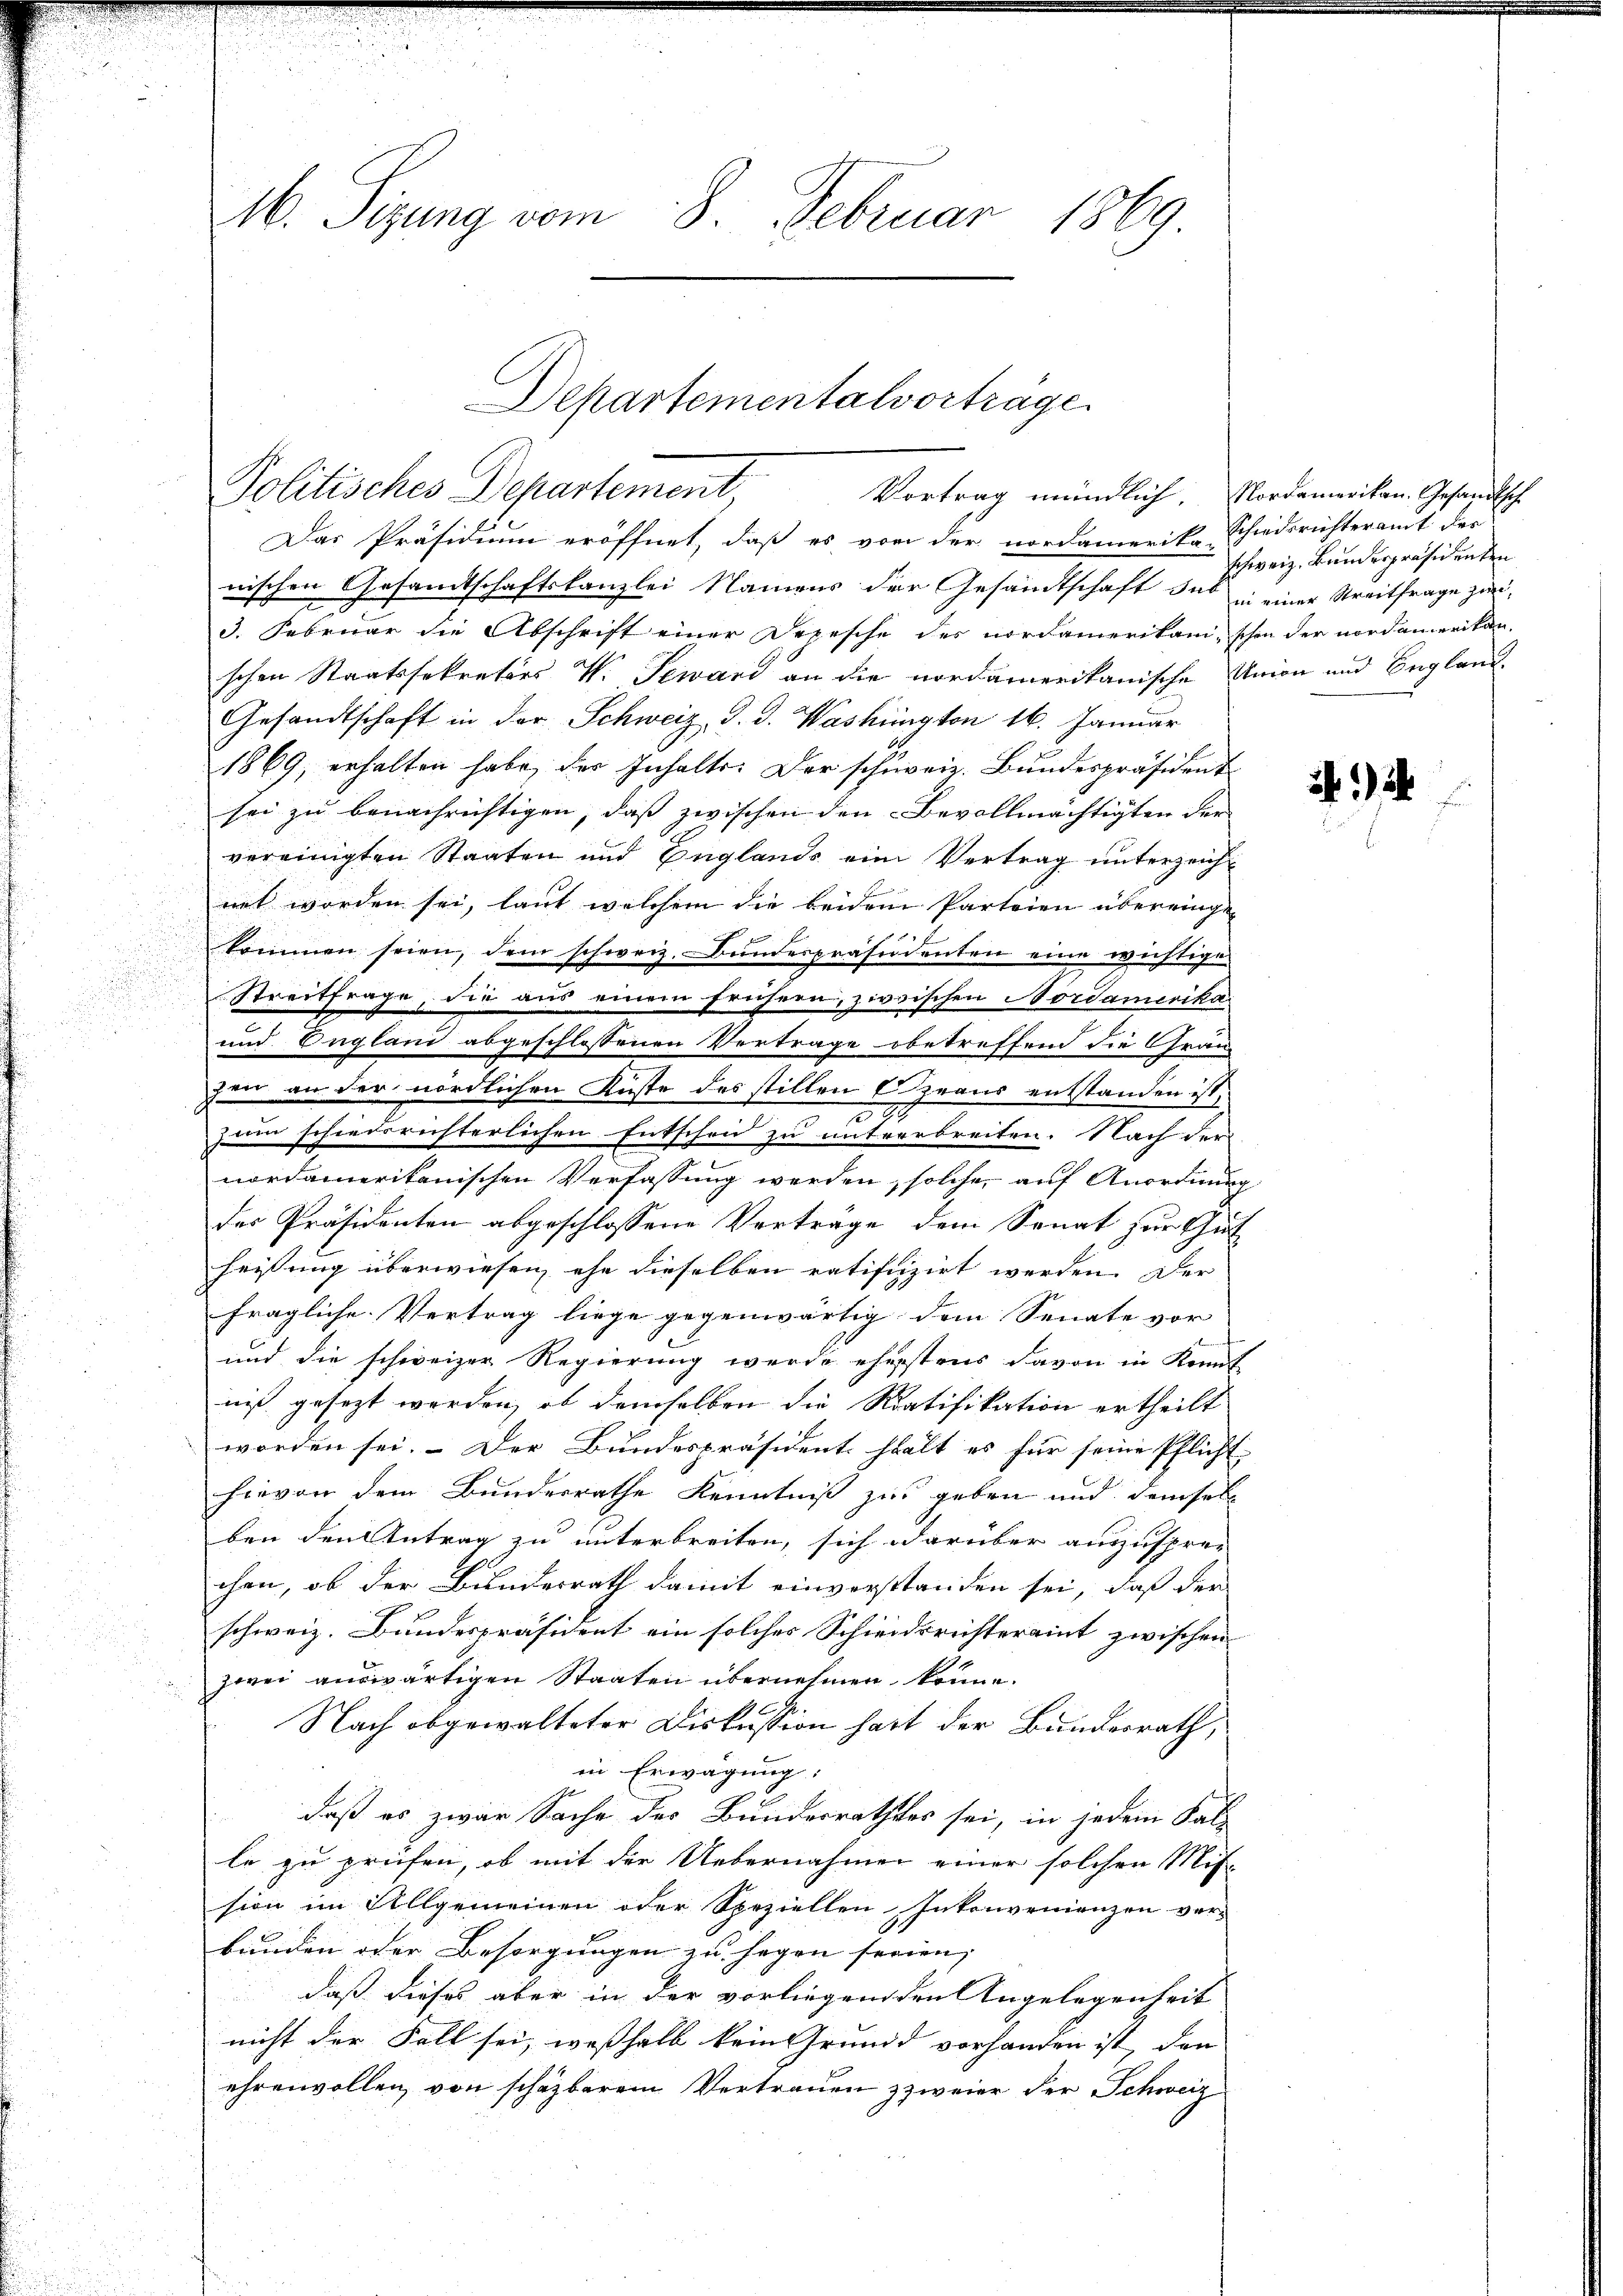
46. Sizung vom 8. Februar 1869.

Departementalvorträge
Politisches Departement,
Vortrag mündlich. Nordamerikan. Gesandtsch

Das Präsidium eröffnet, daß es von der nordamerika Schiedsrichteramt der
nischen Gesandtschaftskanzlei Namens der Gesandtschaft das in einer Streitfrage zwei¬
3. Februar die Abschrift einer Depesche des nordamerikani, schon der nordamerikan
schen Staatssekretärs V. Gewand an die nordamerikanische Union und England¬
Gesandtschaft in der Schweiz, J. J. Washington 16. Januar
1869, erhalten habe, der Inhalte. Der schweiz. Bundespräsident
sei zu benachrichtigen, daß zwischen den Bevollmächtigten der
vereinigten Staaten und Englands eine Vertrag unterzeicht
n
net worden sei, laut welchem die beidem Parteien übereinge¬
3
kommen seien, dem schweiz. Bundespräsidenten eine wichtige

i
¬
i
Streitfrage, die aus einem frühern, zirischen Nordamerika
.
und England abgeschlossenen Vertrage obetreffend die Grau
zen an der nördlichen Küste des stillen (Zeaus entstanden ist,
u
zum schiedsrichterlichen Entschen zu unterbreiten. Nach der
nordamerikanischen Verfassung werden, solche auf Anordnung
des Präsidenten abgeschlossene Verträge dem Senat zur Gut
heissung überwiesen, ehe dieselben ratifizirt werden. Der
fragliche Vertrag liege gegenwärtig dem Senate vor
a
und die schweizer Regierung werde eherstens davon in Kennt
niß gesezt werden, ob demselben die Ratifikation ertheilt
worden sei. Der Bundespräsident hält es für seine Pflicht
hievon dem Bundesrathe Kenntniß zu geben und demsel
ben den Antrag zu unterbreiten, sich darüber anzuspre-
chen, ob der Bundesrath damit einverstanden sei, daß der
schweiz. Bundespräsident ein solches Schiedsrichteramt zwischen
zwei auswärtigen Staaten übernehmen könne.
Nach abgewalteter Diskussion hatt der Bundesrath,
in Erwägung:
daß es zwar Sache des Bundesrathes sei, in jedem Salz
le zu prüfen, ob mit der Uebernahmen einer solchen Mit-
sion im Allgemeinen oder Speziellen Inkonvenienzen ver-
bunden oder Besorgungen zu Hagen seien, |
daß dieses aber in der vorliegend den Angelegenheit
nicht der Fall sei, weshalb kein Grundd vorhanden ist, den
ehrenvollen, von schäzbarem Vertrauen zweier der Schweiz

schweiz. Bundespräsidenten

21)